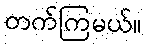
တက်ကြမယ်။